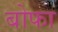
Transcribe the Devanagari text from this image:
बोफा